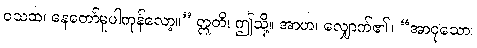
ဝသထ၊ နေတော်မူပါကုန်လော့။” ဣတိ၊ ဤသို့။ အာဟ၊ လျှောက်၏။ “အာဝုသော၊